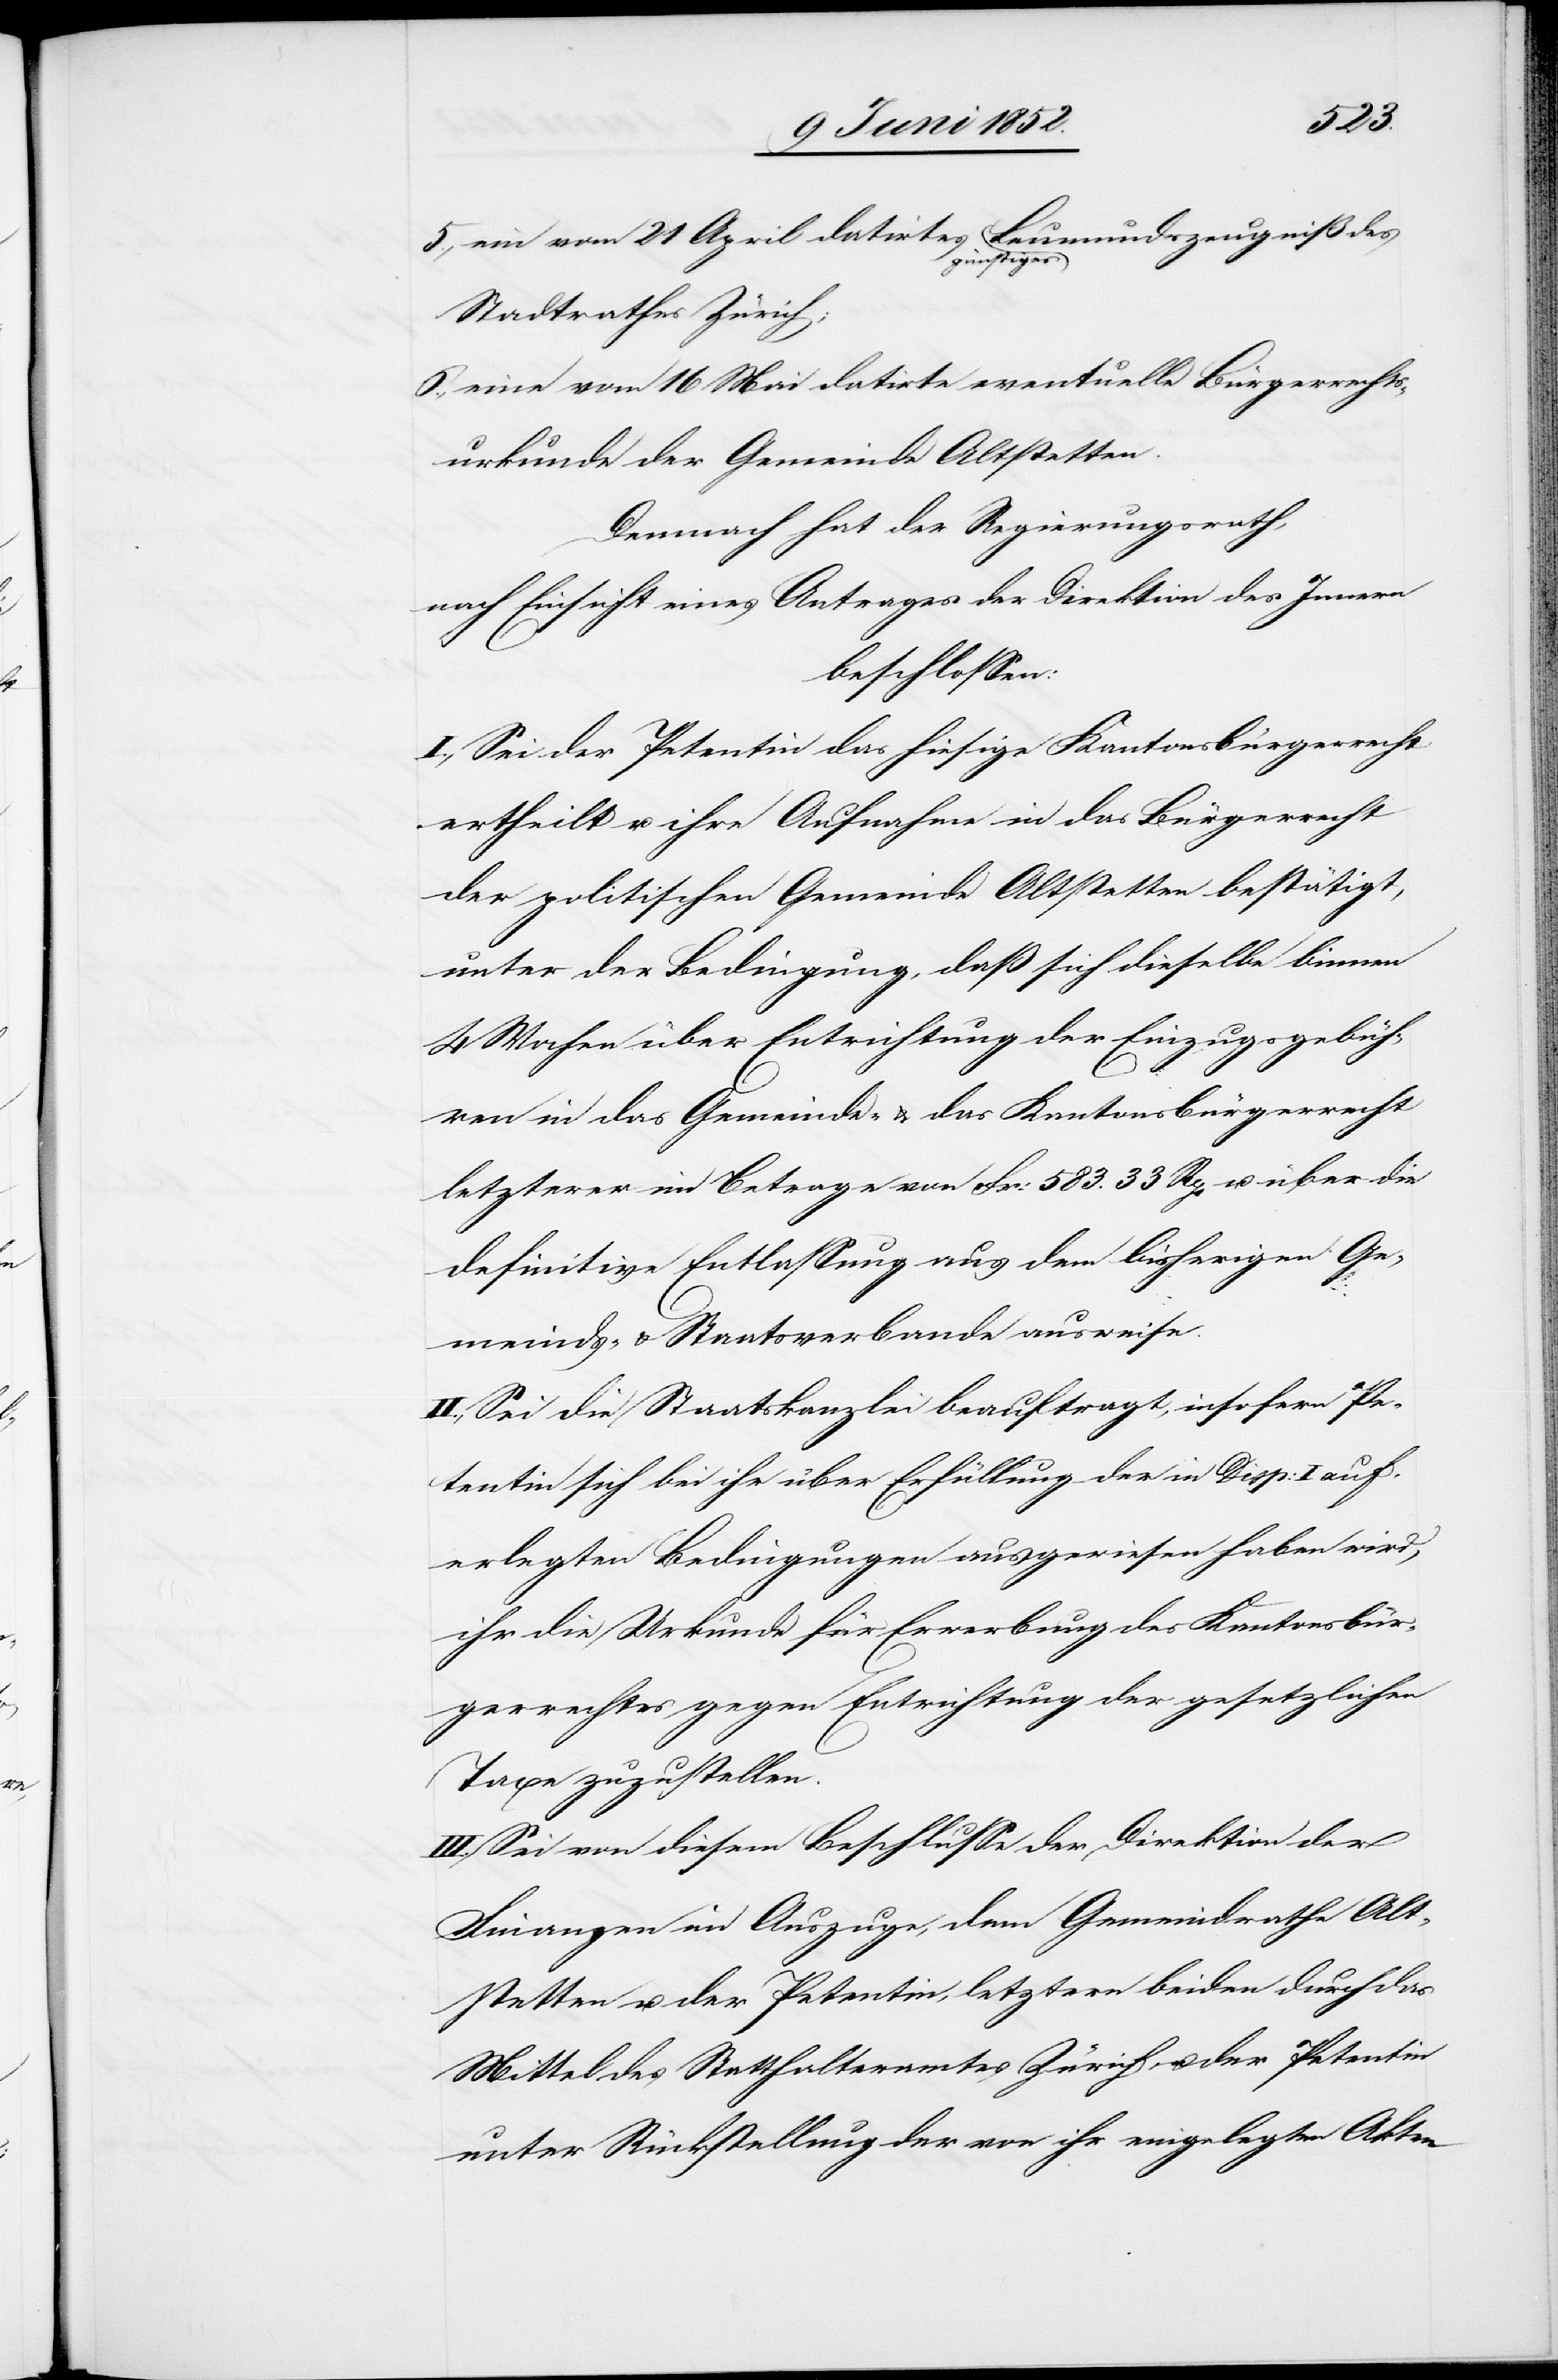
5.,

günstiges
Stadtrathes Zürich;
eine vom 16 Mai datirte eventuelle Bürgerrechts¬
urkunde der Gemeinde Altstetten.
Demnach hat der Regierungsrath,
nach Einsicht eines Antrages der Direktion des Innern
beschlossen:
I., Sei der Petentin das hiesige Kantonsbürgerrecht
ertheilt u. ihre Aufnahme in das Bürgerrecht
der politischen Gemeinde Altstetten bestätigt,
unter der Bedingung, daß sich dieselbe binnen
4 Wochen über Entrichtung der Einzugsgebüh¬
ren in das Gemeinde- & das Kantonsbürgerrecht
letzterer im Betrage von Fr: 583. 33 Rp. u. über die
definitive Entlassung aus dem bisherigen Ge¬
meinds- & Staatsverbande ausweise.
II., Sei die Staatskanzlei beauftragt, insofern Pe¬
tentin sich bei ihr über Erfüllung der in Disp: I auf¬
erlegten Bedingungen ausgewiesen haben wird,
ihr die Urkunde für Erwerbung des Kantonsbür¬
gerrechtes gegen Entrichtung der gesetzlichen
Taxe zuzustellen.
III., Sei von diesem Beschlusse der Direktion der
Finanzen im Auszuge, dem Gemeindrathe Alt¬
stetten u. der Petentin, letztern beiden durch das
Mittel des Statthalteramtes Zürich, u. der Petentin
unter Rückstellung der von ihr eingelegten Akten